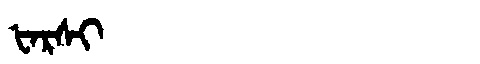
Manchu: ᡶᠠᡵᠰᡳ
Romanization: FARSI